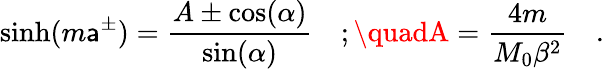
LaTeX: \sinh(m\mathsf{a}^{\pm})=\frac{{A\pm\cos(\alpha)}}{{\sin(\alpha)}}\quad;\quadA=\frac{{4m}}{{M_{0}\beta^{2}}}\quad.